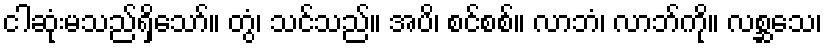
ငါဆုံးမသည်ရှိသော်။ တွံ၊ သင်သည်။ အပိ၊ စင်စစ်။ လာဘံ၊ လာဘ်ကို။ လစ္ဆသေ၊